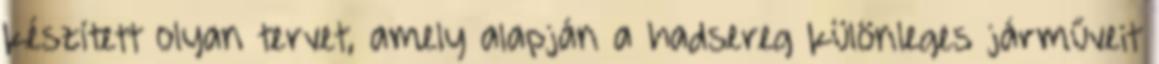
készített olyan tervet, amely alapján a hadsereg különleges járműveit